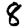
Digit: 8